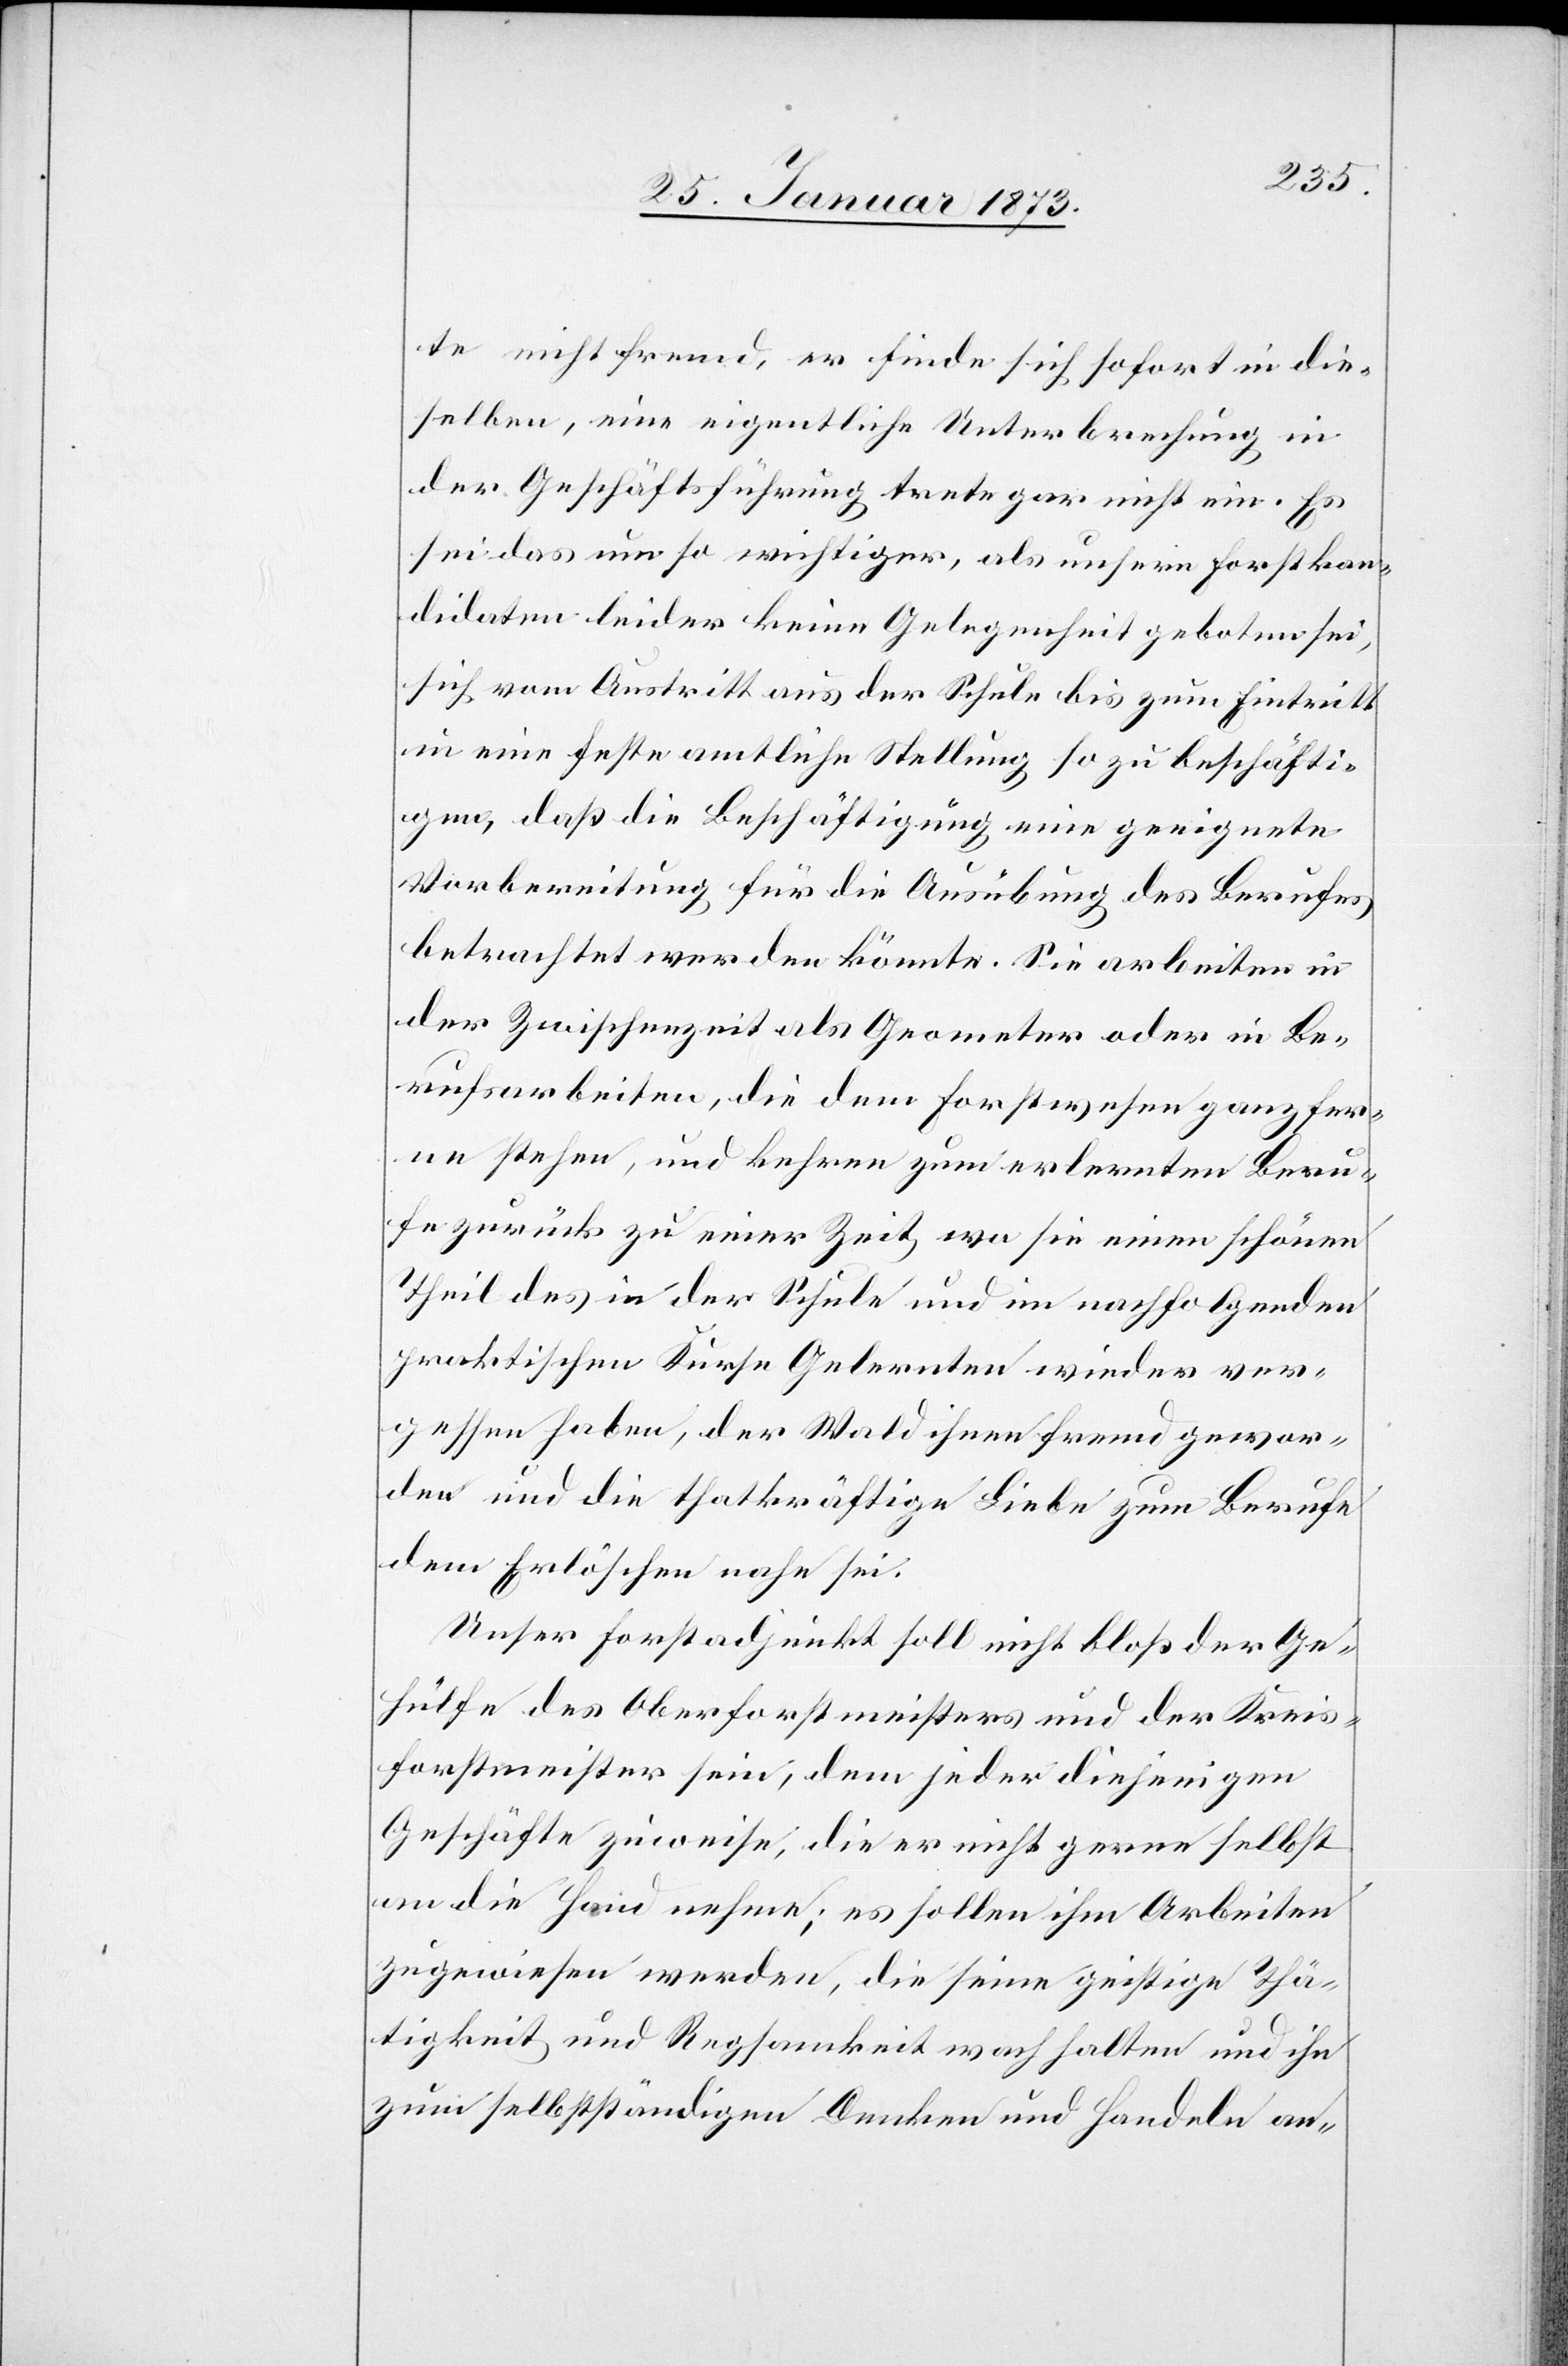
te nicht fremd, er finde sich sofort in die¬
selben, eine eigentliche Unterbrechung in
der Geschäftsführung trete gar nicht ein. Es
sei das um so wichtiger, als unsern Forstkan¬
didaten leider keine Gelegenheit geboten sei,
sich vom Austritt aus der Schule bis zum Eintritt
in eine feste amtliche Stellung so zu beschäfti¬
gen, daß die Beschäftigung [als] eine geeignete
Vorbereitung für die Ausübung des Berufes
betrachtet werden könnte. Sie arbeiten in
der Zwischenzeit als Geometer oder in Be¬
rufsarbeiten, die dem Forstwesen ganz fer¬
ne stehen, und kehren zum erlernten Beru¬
fe zurück zu einer Zeit, wo sie einen schönen
Theil des in der Schule und im nachfolgenden
praktischen Kurse Gelernten wieder ver¬
gessen haben, der Wald ihnen fremd gewor¬
den und die thatkräftige Liebe zum Berufe
dem Erlöschen nahe sei.
Unser Forstadjunkt soll nicht bloß der Ge¬
hülfe des Oberforstmeisters und der Kreis¬
forstmeister sein, dem jeder diejenigen
Geschäfte zuweise, die er nicht gerne selbst
an die Hand nehme; es sollen ihm Arbeiten
zugewiesen werden, die seine geistige Thä¬
tigkeit und Regsamkeit wach halten und ihn
zum selbstständigen Denken und Handeln an-